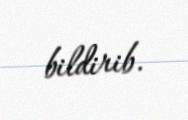
bildirib.